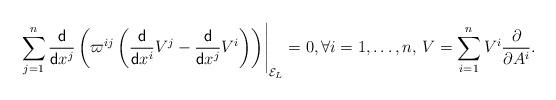
LaTeX: \begin{align*}\left.\sum_{j=1}^n\frac{\sf d}{{\sf d}{x^j}}\left(\varpi^{ij}\left( \frac{\sf d}{{\sf d}{x^i}}V^j -\frac{\sf d}{{\sf d}{x^j}}V^i\right)\right)\right\vert_{{\cal E}_L}=0,\forall i=1,\dots,n,\, V=\sum_{i=1}^n V^i\frac{\partial }{\partial A^i}.\end{align*}